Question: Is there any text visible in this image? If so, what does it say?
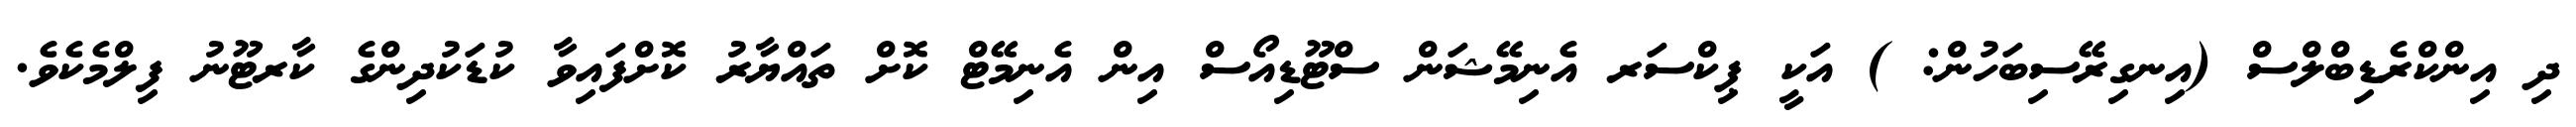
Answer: ދި އިންކްރެޑިބްލްސް (އިނގިރޭސިބަހުން: ) އަކީ ޕިކްސަރ އެނިމޭޝަން ސްޓޫޑިއޯސް އިން އެނިމޭޓް ކޮށް ތައްޔާރު ކޮށްފައިވާ ކުޑަކުދިންގެ ކާރޓޫނު ފިލްމެކެވެ.